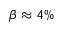
\beta \approx 4 \%